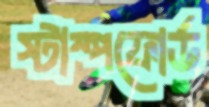
স্টাম্পফোর্ড